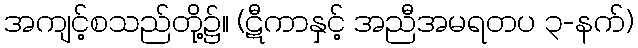
အကျင့်စသည်တို့၌။ (ဋီကာနှင့် အညီအမရတပ ၃-နက်)